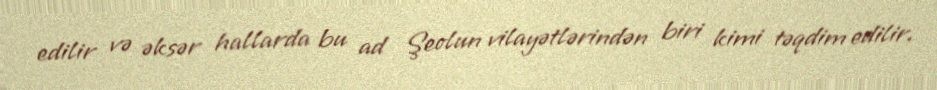
edilir və əksər hallarda bu ad Şeolun vilayətlərindən biri kimi təqdim edilir.